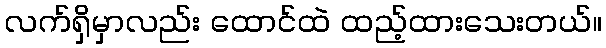
လက်ရှိမှာလည်း ထောင်ထဲ ထည့်ထားသေးတယ်။